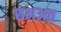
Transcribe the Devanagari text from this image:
छभअच